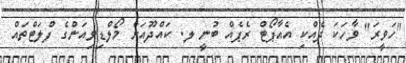
"ހަވީރަ" ވާހަކަ ދެއްކި އެއާޕޯޓް ރެޕެއް ބުނީ ލ. ކައްދޫއަށް މޯލްޑިވިއަންގެ ފްލަޓްތައް